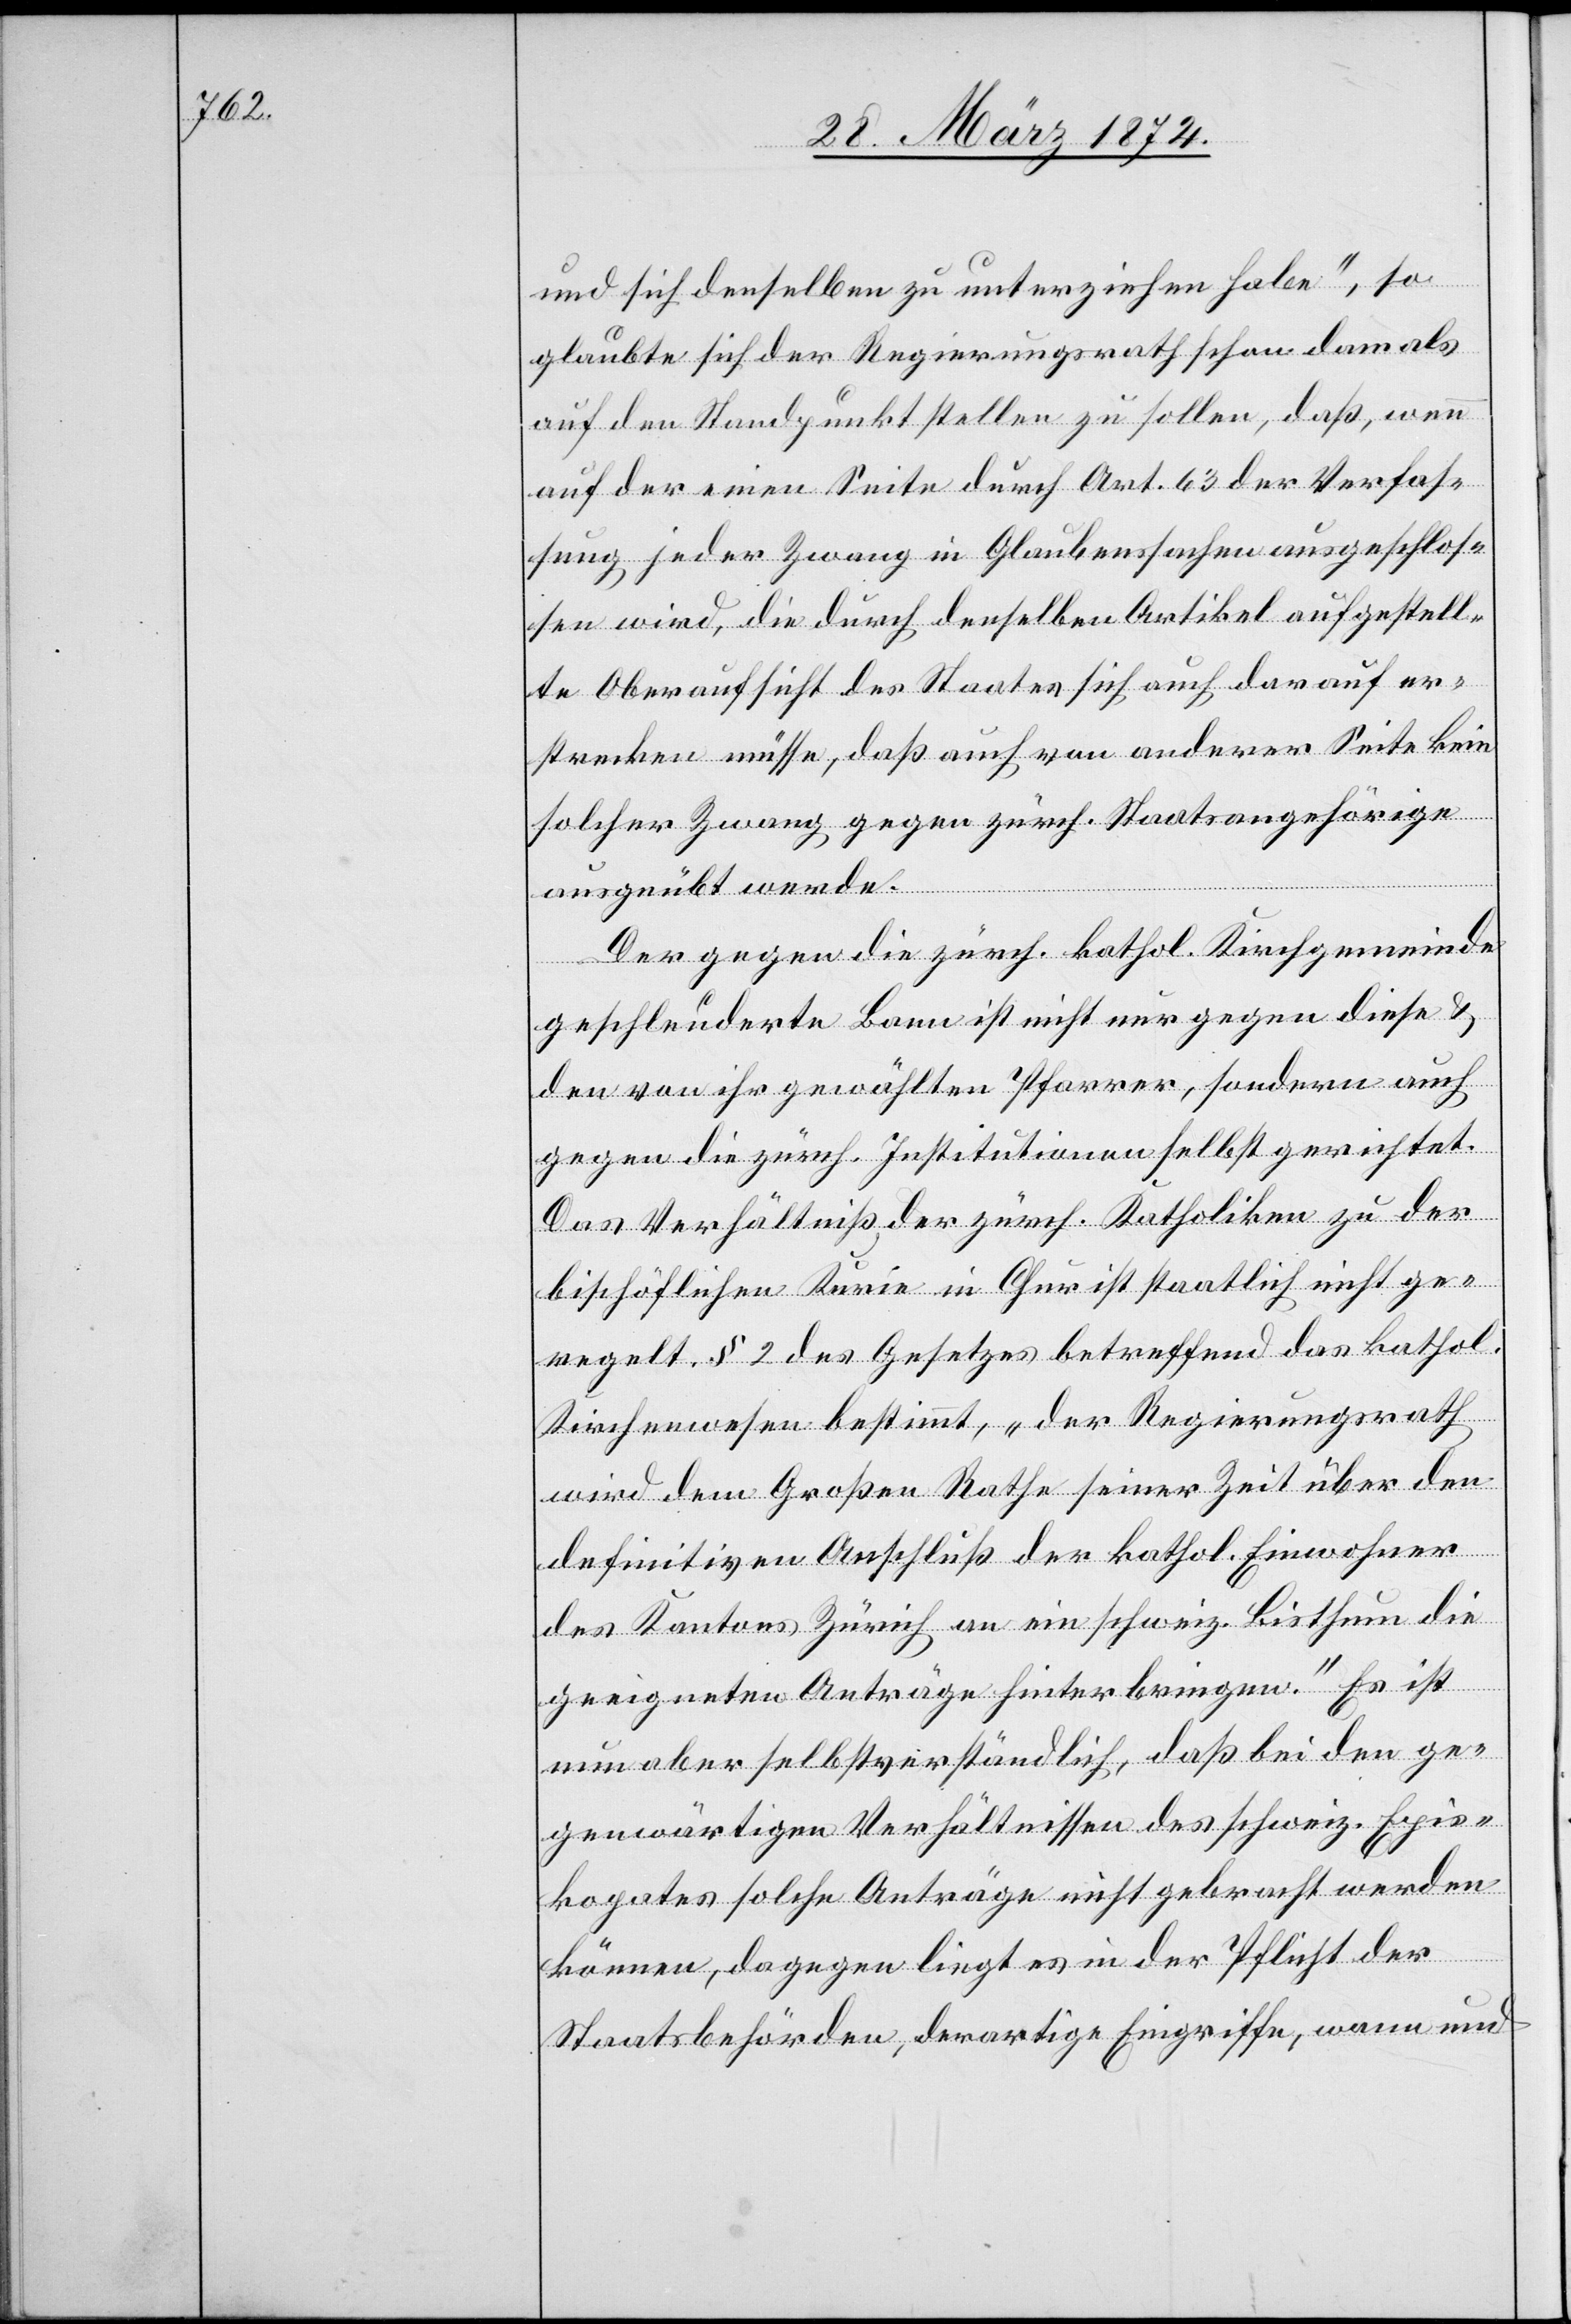
und sich denselben zu unterziehen habe“, so
glaubte sich der Regierungsrath schon damals
auf den Standpunkt stellen zu sollen, daß, wenn
auf der einen Seite durch Art. 63 der Verfas¬
sung jeder Zwang in Glaubenssachen ausgeschlos¬
sen wird, die durch denselben Artikel aufgestell¬
te Oberaufsicht des Staates sich auch darauf er¬
strecken müsse, daß auch von anderer Seite kein
solcher Zwang gegen zürch. Staatsangehörige
ausgeübt werde.
Der gegen die zürch. kathol. Kirchgemeinde
geschleuderte Bann ist nicht nur gegen diese u.
den von ihr gewählten Pfarrer, sondern auch
gegen die zürch. Institutionen selbst gerichtet.
Das Verhältniß der zürch. Katholiken zu der
bischöflichen Kurie in Chur ist staatlich nicht ge¬
regelt. § 2 des Gesetzes betreffend das kathol.
Kirchenwesen bestimmt, „der Regierungsrath
wird dem Großen Rathe seiner Zeit über den
definitiven Anschluß der kathol. Einwohner
des Kantons Zürich an ein schweiz. Bisthum die
geeigneten Anträge hinterbringen.“ Es ist
nun aber selbstverständlich, daß bei den ge¬
genwärtigen Verhältnissen des schweiz. Epis¬
kopates solche Anträge nicht gebracht werden
können, dagegen liegt es in der Pflicht der
Staatsbehörden, derartige Eingriffe, wann und